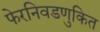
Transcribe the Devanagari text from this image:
फेरनिवडणुकित